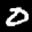
Label: 0